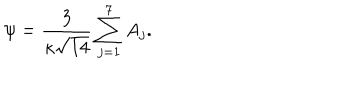
LaTeX: { \psi = \frac { 3 } { \kappa \sqrt { 1 4 } } \sum _ { j = 1 } ^ { 7 } A _ { j } . }